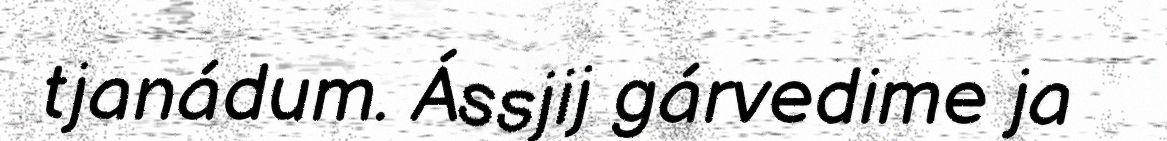
tjanádum. Ássjij gárvedime ja